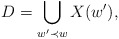
\begin{align*} D=\bigcup_{w'\prec w}X(w'), \end{align*}